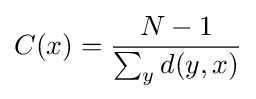
C(x)={\frac {N-1}{\sum _{y}d(y,x)}}